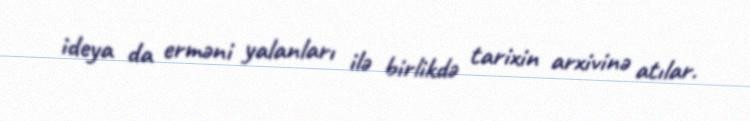
ideya da erməni yalanları ilə birlikdə tarixin arxivinə atılar.